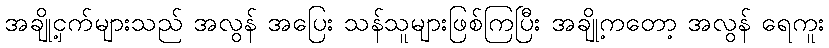
အချို့ငှက်များသည် အလွန် အပြေး သန်သူများဖြစ်ကြပြီး အချို့ကတော့ အလွန် ရေကူး